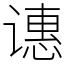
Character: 𬤝